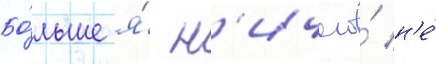
Бо́льше я́ н'ичего́ н'е́